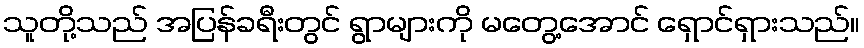
သူတို့သည် အပြန်ခရီးတွင် ရွာများကို မတွေ့အောင် ရှောင်ရှားသည်။